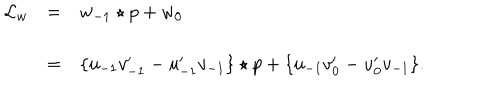
\begin{array} { l c l } { { { \mathcal L } _ { w } } } & { { = } } & { { w _ { - 1 } \star p + w _ { 0 } } } \\ { { } } & { { = } } & { { \{ u _ { - 1 } v _ { - 1 } ^ { \prime } - u _ { - 1 } ^ { \prime } v _ { - 1 } \} \star p + \{ u _ { - 1 } v _ { 0 } ^ { \prime } - u _ { 0 } ^ { \prime } v _ { - 1 } \} . } } \\ \end{array}